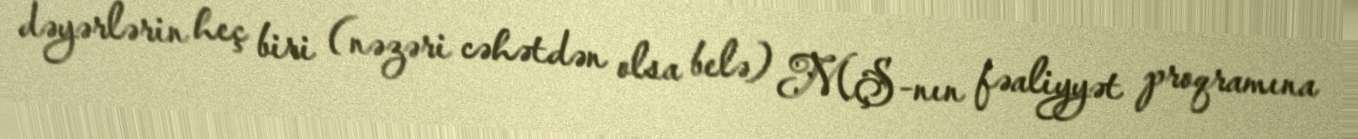
dəyərlərin heç biri (nəzəri cəhətdən olsa belə) MŞ-nın fəaliyyət proqramına